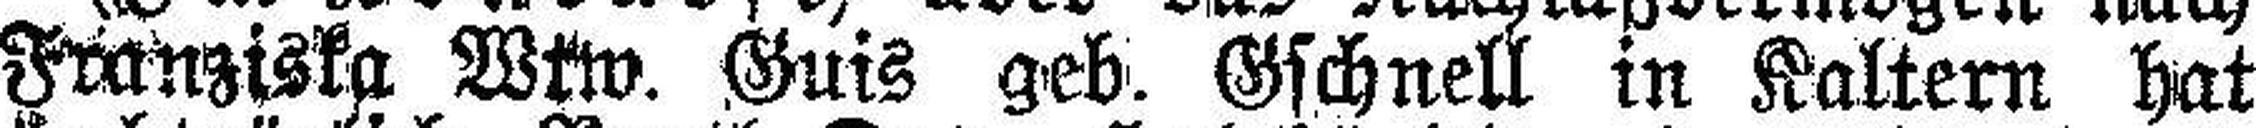
Franziska Wtw. Guis geb. Gschnell in Kaltern hat